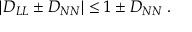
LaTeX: | D _ { L L } \pm D _ { N N } | \leq 1 \pm D _ { N N } \; .